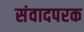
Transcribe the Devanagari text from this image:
संवादपरक